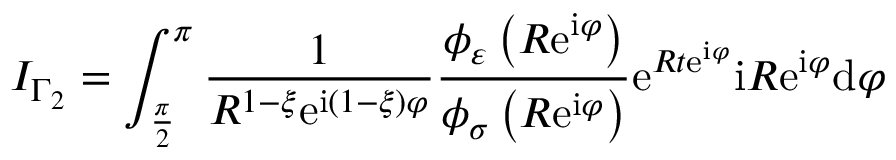
I _ { \Gamma _ { 2 } } = \int _ { \frac { \pi } { 2 } } ^ { \pi } \frac { 1 } { R ^ { 1 - \xi } \mathrm { e } ^ { \mathrm { i } \left( 1 - \xi \right) \varphi } } \frac { \phi _ { \varepsilon } \left( R \mathrm { e } ^ { \mathrm { i } \varphi } \right) } { \phi _ { \sigma } \left( R \mathrm { e } ^ { \mathrm { i } \varphi } \right) } \mathrm { e } ^ { R t \mathrm { e } ^ { \mathrm { i } \varphi } } \mathrm { i } R \mathrm { e } ^ { \mathrm { i } \varphi } \mathrm { d } \varphi